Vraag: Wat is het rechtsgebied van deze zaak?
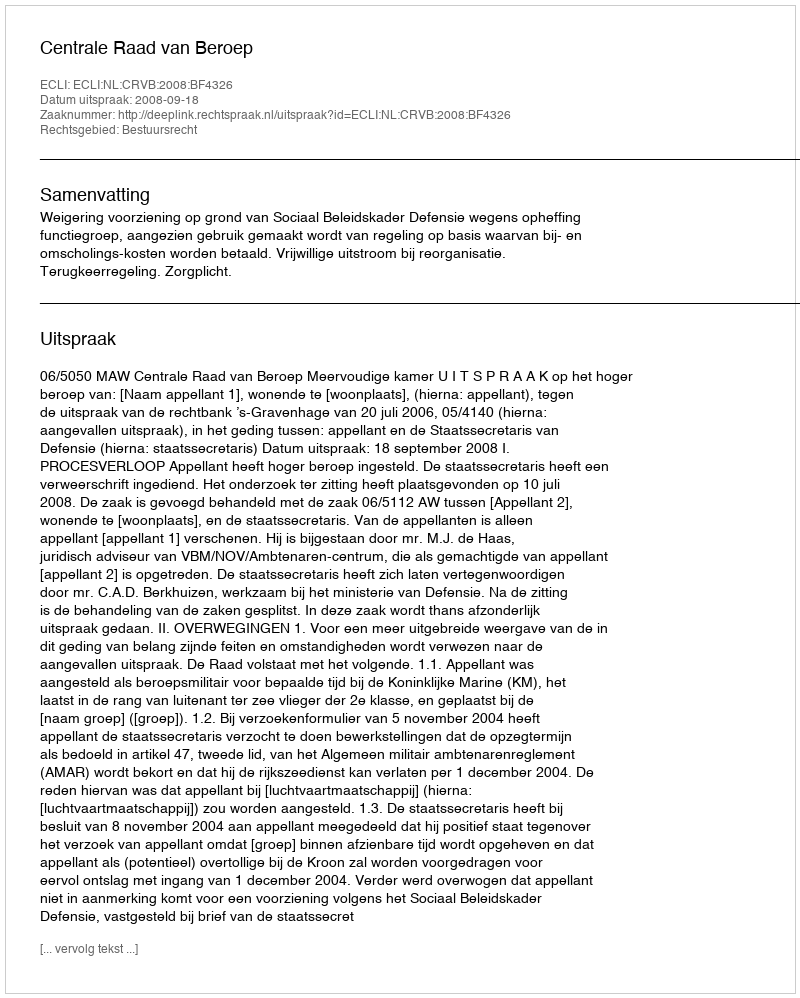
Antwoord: Bestuursrecht